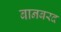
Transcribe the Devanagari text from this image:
बानबरद